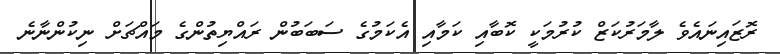
ރޮޒައިނައެވެ ލާމަރުކަޒް ކުރުމަކީ ކޮބާއި ކަމާއި އެކަމުގެ ސަބަބުން ރައްޔިތުންގެ މައްޗަށް ނިކުންނާނެ